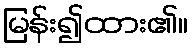
မြန်း၍ထား၏။